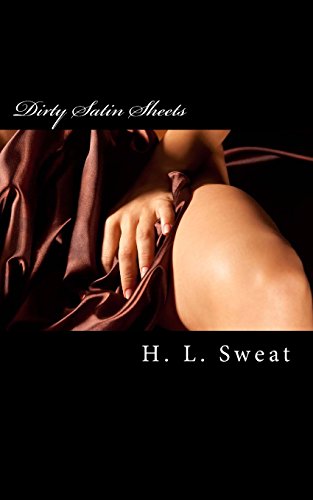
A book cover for Dirty Satin Sheets: A Collection of Erotic Short Stories & Poems; H. L. Sweat; Romance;